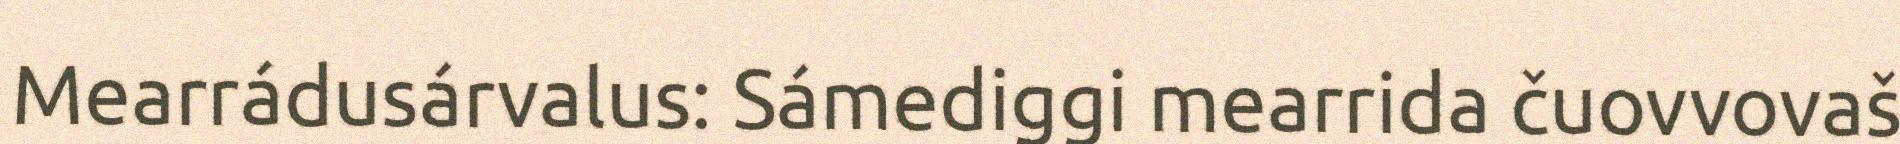
Mearrádusárvalus: Sámediggi mearrida čuovvovaš